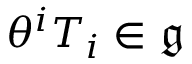
\theta ^ { i } T _ { i } \in { \mathfrak { g } }